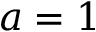
a = 1